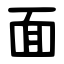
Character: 面